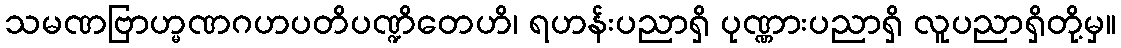
သမဏဗြာဟ္မဏဂဟပတိပဏ္ဍိတေဟိ၊ ရဟန်းပညာရှိ ပုဏ္ဏားပညာရှိ လူပညာရှိတို့မှ။